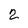
Character: 2